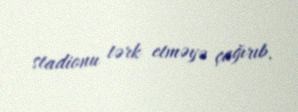
stadionu tərk etməyə çağırıb.